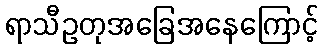
ရာသီဥတုအခြေအနေကြောင့်